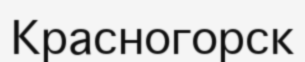
Красногорск